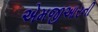
એમજીઆરની